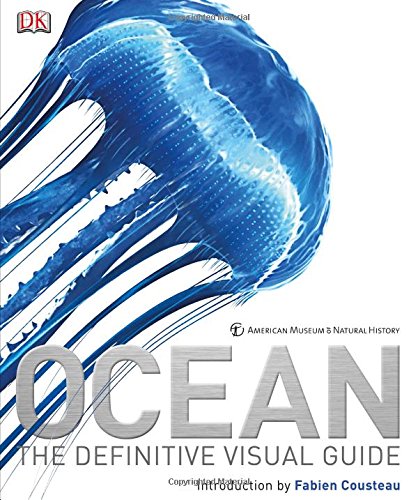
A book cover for Ocean; Robert Dinwiddie; Science & Math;